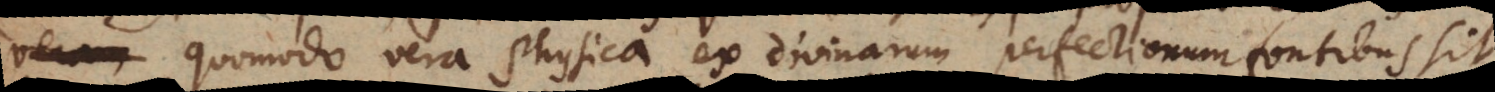
quomodo vera Physica ex divinarum perfectionum fontibus sit